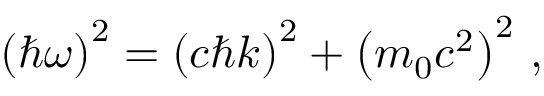
\left( \hbar \omega \right) ^ { 2 } = \left( c \hbar k \right) ^ { 2 } + \left( m _ { 0 } c ^ { 2 } \right) ^ { 2 } \, ,